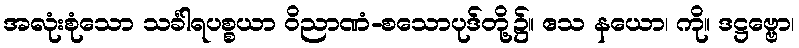
အလုံးစုံသော သင်္ခါရပစ္စယာ ဝိညာဏံ-စသောပုဒ်တို့၌။ ဧသ နယော၊ ကို။ ဒဋ္ဌဗ္ဗော၊